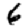
Digit: 6